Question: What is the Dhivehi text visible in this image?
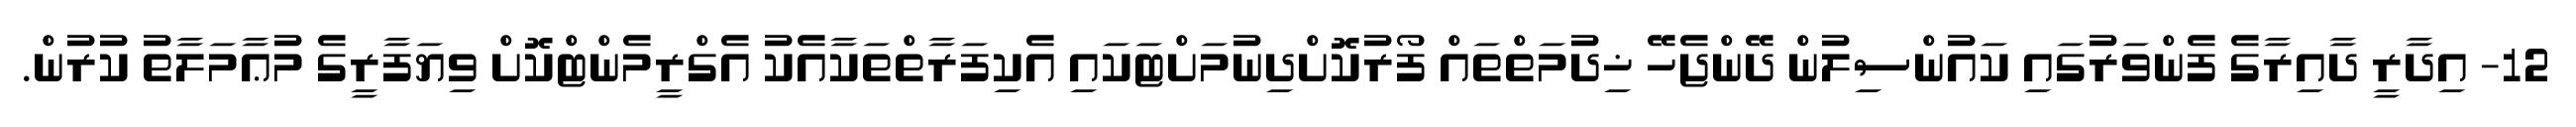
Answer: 12- އިދާރީ ދާއިރާގެ ފެންވަރުގައި ކައުންސިލުން ދޭންޖެހޭ ޚިދުމަތްތައް ފޯރުކޮށްދިނުމަށްޓަކައި އެކިފަރާތްތަކާއެކު އެގްރީމެންޓްކޮށް ވިޔަފާރީގެ މުޢާމަލާތު ކުރުން.